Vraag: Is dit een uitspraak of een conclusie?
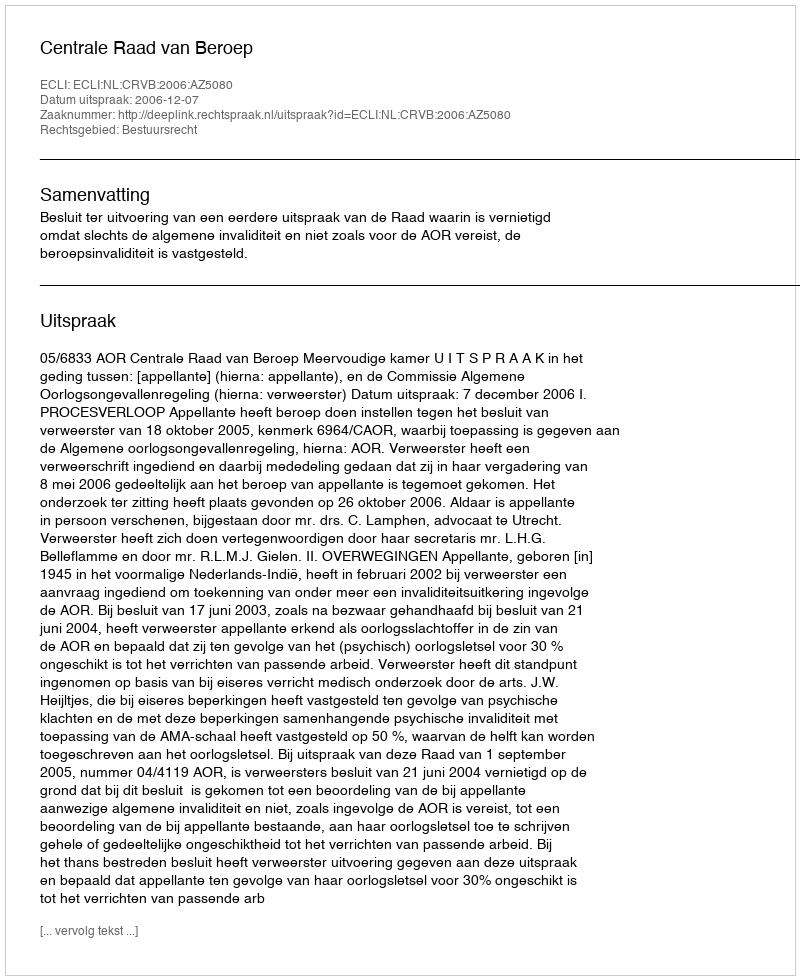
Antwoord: Uitspraak